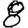
Digit: 8